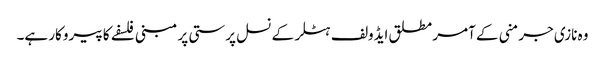
وہ نازی جرمنی کے آمر مطلق ایڈولف ہٹلر کے نسل پرستی پر مبنی فلسفے کا پیروکار ہے۔